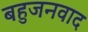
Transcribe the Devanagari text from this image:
बहुजनवाद